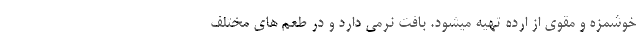
خوشمزه و مقوی از ارده تهیه میشود. بافت نرمی دارد و در طعم های مختلف